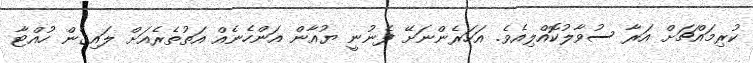
ކުރިމައްޗަށް އަރާ ސުވާލުކޮއްލިއެވެ. އަހަރެންނަށޭ ފެނުނީ ޔުއާން އަންހެނެއް އަތުތެރެއަށް ލައިގެން ހުއްޓާ